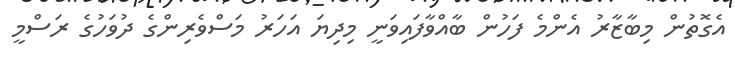
އެގޮތުން މިބާޒާރު އެންމެ ފަހުން ބާއްވާފައިވަނީ މިދިޔަ އަހަރު މަސްވެރިންގެ ދުވަހުގެ ރަސްމީ